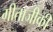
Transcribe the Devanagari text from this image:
गीताजीकी